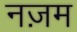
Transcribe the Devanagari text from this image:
नज़म